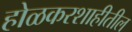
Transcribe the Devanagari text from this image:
होळकरशाहीतील